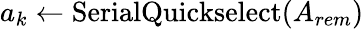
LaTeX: a_{k}\leftarrow\mathrm{SerialQuickselect}(A_{rem})